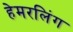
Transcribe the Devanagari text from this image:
हेमरलिंग